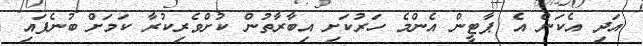
އަދި އެކަން އެ ޕާޓީން އެންމެ ހަރުކަށި އިބާރާތުން ކުށްވެރިކުރާ ކަމަށް ބުނެފައި